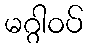
မဂ္ဂါဝပ်